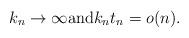
LaTeX: \begin{align*}k_n\to\infty\mbox{and} k_n t_n = o(n).\end{align*}